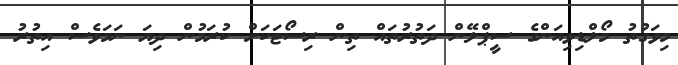
މިވަގުތު މޯލްޑިވިއަންގެ ސީޕްލޭން ދަތުރުތައް ތިން ރިސޯޓަކަށް ކުރަމުން ދިޔަ ނަމަވެސް އިތުރު